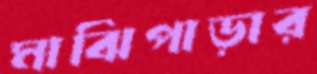
মাঝিপাড়ার